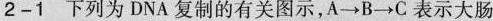
2-1下列为DNA复制的有关图示，A\rightarrow B\rightarrow C表示大肠